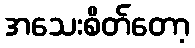
အသေးစိတ်တော့